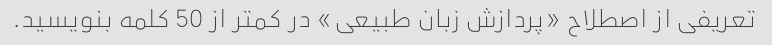
تعریفی از اصطلاح «پردازش زبان طبیعی» در کمتر از 50 کلمه بنویسید.